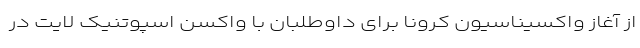
از آغاز واکسیناسیون کرونا برای داوطلبان با واکسن اسپوتنیک لایت در